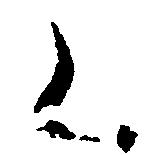
く